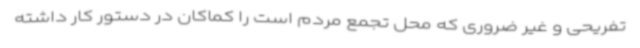
تفریحی و غیر ضروری که محل تجمع مردم است را کماکان در دستور کار داشته